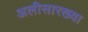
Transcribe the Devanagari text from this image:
अलीसारख्या